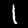
Label: 1